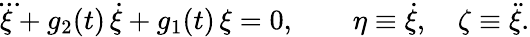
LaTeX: \dddot{\xi}+g_{2}(t)\, \dot{\xi}+g_{1}(t)\, \xi=0,\qquad\eta\equiv\dot{\xi},\quad\zeta\equiv\ddot{\xi}.